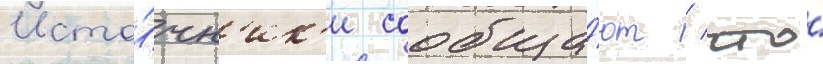
Исто́чн'ик'и сообща́ют / что́